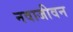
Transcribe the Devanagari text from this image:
नवाजीवन